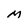
Character: M